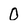
Character: 0